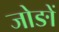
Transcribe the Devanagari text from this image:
जोङों